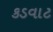
કડવાટ